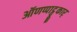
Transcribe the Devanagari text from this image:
ऑणप्पाट्टू़कार्